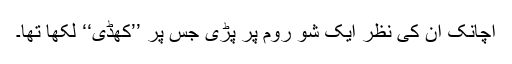
اچانک ان کی نظر ایک شو روم پر پڑی جس پر ’’کھڈی‘‘ لکھا تھا۔